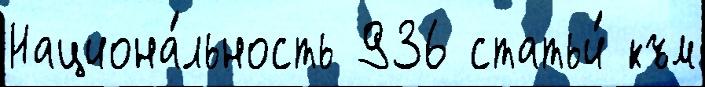
Национа́льность 936 статьи́ към